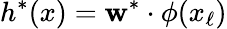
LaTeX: h^{*}(x)=\mathbf{w}^{*}\cdot\phi(x_{\ell})